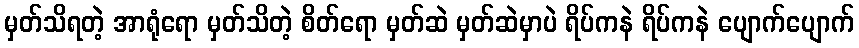
မှတ်သိရတဲ့ အာရုံရော မှတ်သိတဲ့ စိတ်ရော မှတ်ဆဲ မှတ်ဆဲမှာပဲ ရိပ်ကနဲ ရိပ်ကနဲ ပျောက်ပျောက်